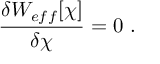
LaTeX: \frac { \delta W _ { e f f } [ \chi ] } { \delta \chi } = 0 ~ .